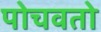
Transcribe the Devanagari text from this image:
पोचवतो